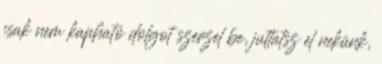
csak nem kapható dolgot szerzel be, juttatsz el nekünk,